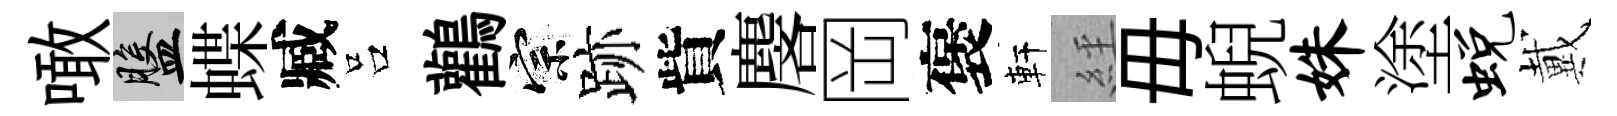
噉盤蝶臧吕鸛宗跡貲麐岡褒軒𦀇毋蜺姝塗蜕戴